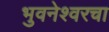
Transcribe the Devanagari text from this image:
भुवनेश्वरचा